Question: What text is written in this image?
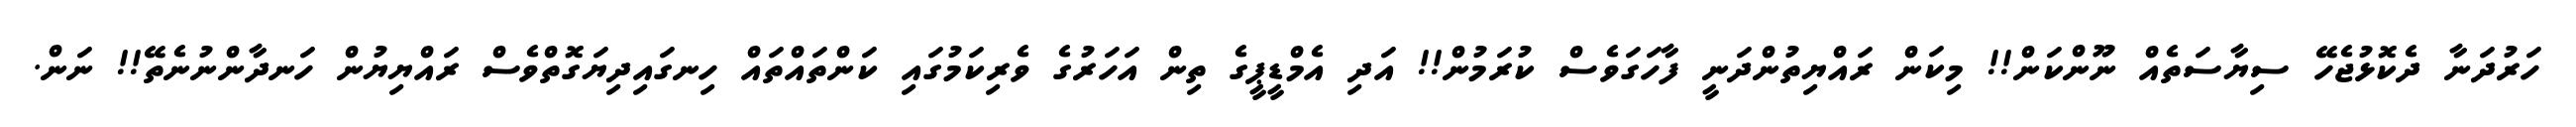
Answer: ހަރުދަނާ ދެކޮޅުޖެހޭ ސިޔާސަތެއް ނޫންކަން!! މިކަން ރައްޔިތުންދަނީ ފާހަގަވެސް ކުރަމުން!! އަދި އެމްޑީޕީގެ ތިން އަހަރުގެ ވެރިކަމުގައި ކަންތައްތައް ހިނގައިދިޔަގޮތްވެސް ރައްޔިޔުން ހަނދާންނުނެތޭ!! ނަން.